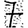
Digit: 7